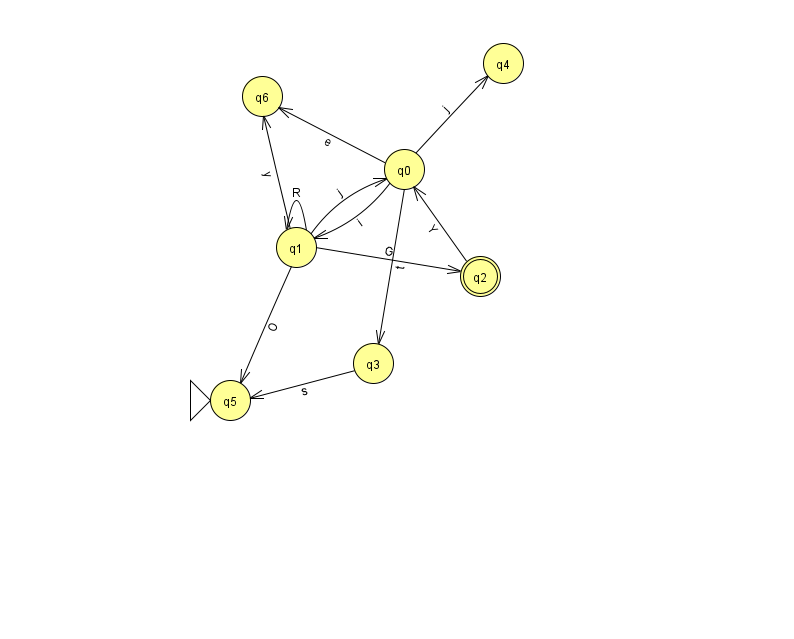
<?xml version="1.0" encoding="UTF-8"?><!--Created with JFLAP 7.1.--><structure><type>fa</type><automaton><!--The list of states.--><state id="0" name="q0"><x>404.0</x><y>156.0</y></state><state id="1" name="q1"><x>296.0</x><y>234.0</y></state><state id="2" name="q2"><x>480.0</x><y>263.0</y><final/></state><state id="3" name="q3"><x>373.0</x><y>350.0</y></state><state id="4" name="q4"><x>503.0</x><y>50.0</y></state><state id="5" name="q5"><x>230.0</x><y>387.0</y><initial/></state><state id="6" name="q6"><x>262.0</x><y>83.0</y></state><!--The list of transitions.--><transition><from>0</from><to>6</to><read>e</read></transition><transition><from>1</from><to>2</to><read>G</read></transition><transition><from>1</from><to>6</to><read>y</read></transition><transition><from>1</from><to>1</to><read>R</read></transition><transition><from>2</from><to>0</to><read>Y</read></transition><transition><from>0</from><to>1</to><read>i</read></transition><transition><from>0</from><to>3</to><read>t</read></transition><transition><from>1</from><to>0</to><read>j</read></transition><transition><from>3</from><to>5</to><read>s</read></transition><transition><from>1</from><to>5</to><read>O</read></transition><transition><from>0</from><to>4</to><read>j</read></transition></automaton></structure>